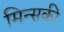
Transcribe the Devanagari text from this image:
मिन्सकी